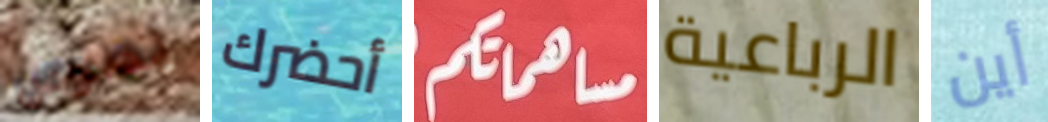
نصوص أحضرك مساهمتكم الرباعية أين